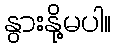
နွားနို့မပါ။